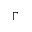
\Gamma